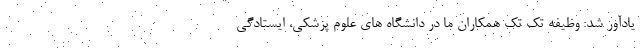
یادآور شد: وظیفه تک تک همکاران ما در دانشگاه های علوم پزشکی، ایستادگی